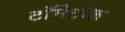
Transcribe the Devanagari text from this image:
टॉमेटोज़